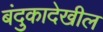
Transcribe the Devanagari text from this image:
बंदुकादेखील